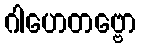
ဂါဟေတဗ္ဗော